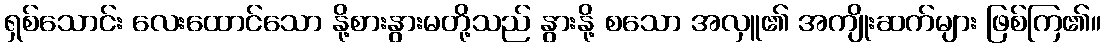
ရှစ်သောင်း လေးထောင်သော နို့စားနွားမတို့သည် နွားနို့ စသော အလှူ၏ အကျိုးဆက်များ ဖြစ်ကြ၏။